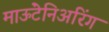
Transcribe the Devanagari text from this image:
माऊंटेनिअरिंग